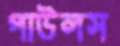
পাউলস